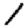
Digit: 1